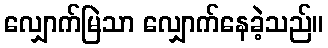
လျှောက်မြဲသာ လျှောက်နေခဲ့သည်။